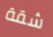
شقة